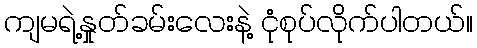
ကျမရဲ့နှုတ်ခမ်းလေးနဲ့ ငုံစုပ်လိုက်ပါတယ်။